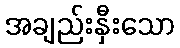
အချည်းနှီးသော